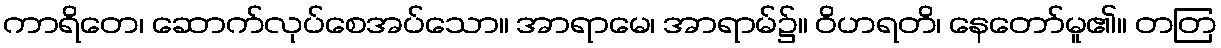
ကာရိတေ၊ ဆောက်လုပ်စေအပ်သော။ အာရာမေ၊ အာရာမ်၌။ ဝိဟရတိ၊ နေတော်မူ၏။ တတြ